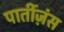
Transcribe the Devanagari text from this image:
पार्तीज़ंस